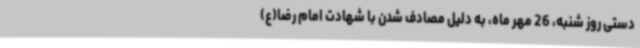
دستی روز شنبه، 26 مهر ماه، به دلیل مصادف شدن با شهادت امام ‌رضا(ع)